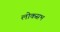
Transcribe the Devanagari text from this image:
लोकसभ